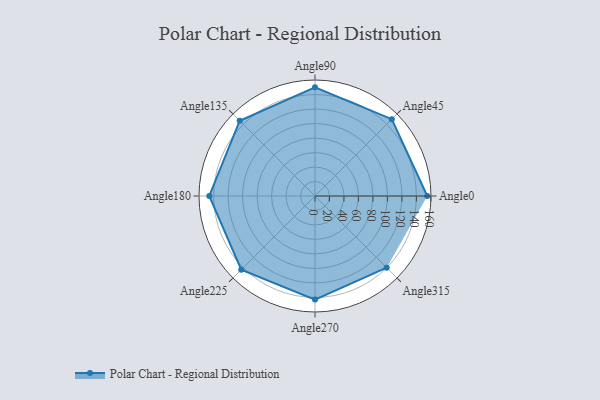
{"axis": {"x": "Angle", "y": "Radius"}, "legend": [""], "data": [{"x": "Angle0", "y": 155.0, "type": ""}, {"x": "Angle45", "y": 150.0, "type": ""}, {"x": "Angle90", "y": 150.0, "type": ""}, {"x": "Angle135", "y": 147.0, "type": ""}, {"x": "Angle180", "y": 146.0, "type": ""}, {"x": "Angle225", "y": 144.0, "type": ""}, {"x": "Angle270", "y": 143.0, "type": ""}, {"x": "Angle315", "y": 140.0, "type": ""}]}